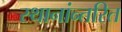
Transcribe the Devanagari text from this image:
स्थानांन्तरित